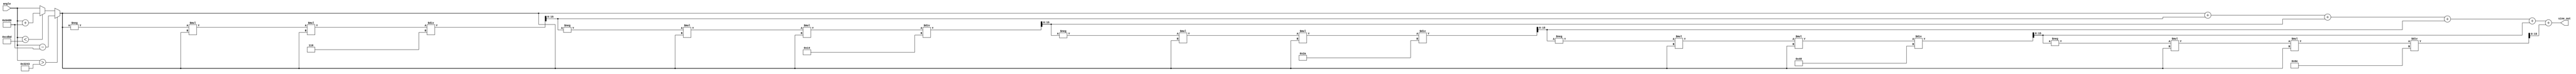
module sine_function (
    input wire [15:0] angle,  // Input angle in radians (fixed-point)
    output reg [15:0] sine_out // Output sine value (fixed-point)
);

    // Fixed-point representation parameters
    parameter FIXED_POINT_FRACTIONAL_BITS = 14; // Number of fractional bits
    parameter PI = 16'h3243; // Approximation of  in fixed-point

    // Taylor series coefficients for sine function
    reg [15:0] x; // Normalized input
    reg [15:0] term;
    reg [15:0] sum;
    integer i;

    always @(*) begin
        // Normalize angle to the range [-, ]
        if (angle > PI) begin
            x = angle - (2 * PI);
        end else if (angle < -PI) begin
            x = angle + (2 * PI);
        end else begin
            x = angle;
        end

        // Initialize sum and first term (x)
        sum = x;
        term = x;

        // Taylor series expansion for sine
        for (i = 1; i <= 5; i = i + 1) begin
            term = -term * x * x / ((2 * i) * (2 * i + 1)); // Update term
            sum = sum + term; // Add term to sum
        end

        // Assign computed sine value to output
        sine_out = sum;
    end
endmodule